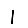
Digit: 1